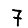
Digit: 7